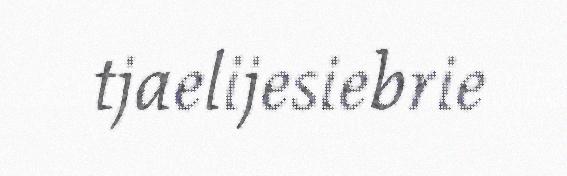
tjaelijesiebrie